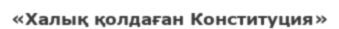
«Халық қолдаған Конституция»